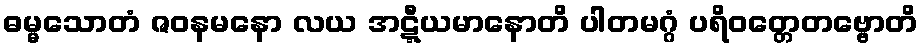
ဓမ္မသောတံ ဇဝနမနော လယ အဋ္ဋီယမာနောတိ ပါတမဂ္ဂံ ပရိဝတ္တေတဗ္ဗောတိ